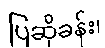
ပြဆိုခန်း၊